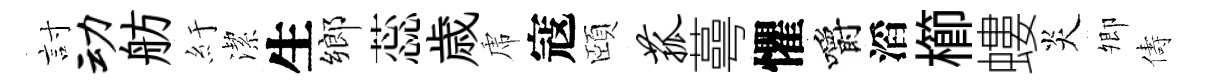
討动舫紆潔生鄉蕊歳虎寇頤菰蕚懼嚼滔櫛螻炎𡖖儔